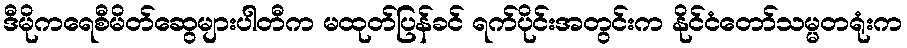
ဒီမိုကရေစီမိတ်ဆွေများပါတီက မထုတ်ပြန်ခင် ရက်ပိုင်းအတွင်းက နိုင်ငံတော်သမ္မတရုံးက